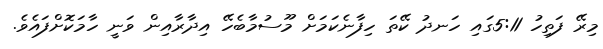
މިރޭ ފަތިހު 5:11ގައި ހަނދު ކޭތަ ހިފާނެކަމަށް މޫސުމާބެހޭ އިދާރާއިން ވަނީ ހާމަކޮށްފައެވެ.